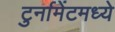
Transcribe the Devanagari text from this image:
टुर्नामेंटमध्ये